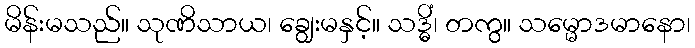
မိန်းမသည်။ သုဏိသာယ၊ ချွေးမနှင့်။ သဒ္ဓိံ၊ တကွ။ သမ္မောဒမာနော၊